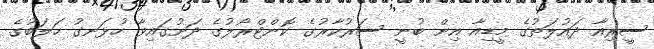
ސީރިއާ ދައުލަތުގެ މީޑިއާ އިން ބުނީ ސަރުކާރުގެ ކޮންޓްރޯލުގެ ދަށުގައިވާ ހުޅަނގު ހަލަބުގެ